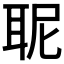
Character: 𮋯